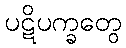
ပဋိပက္ခတွေ